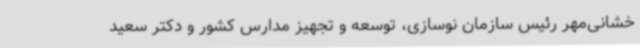
خشانی‌مهر رئیس سازمان نوسازی، توسعه و تجهیز مدارس کشور و دکتر سعید